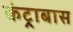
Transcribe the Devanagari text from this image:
कंट्राबास